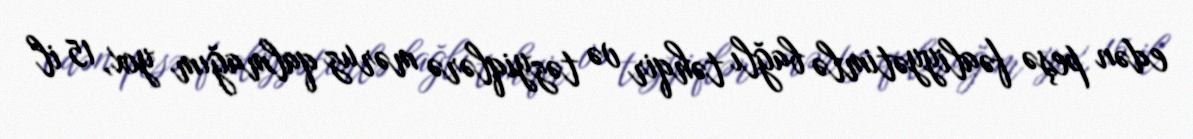
edən peşə fəaliyyətimlə bağlı təhqir və təzyiqlərə məruz qalmağım yox, 15 il